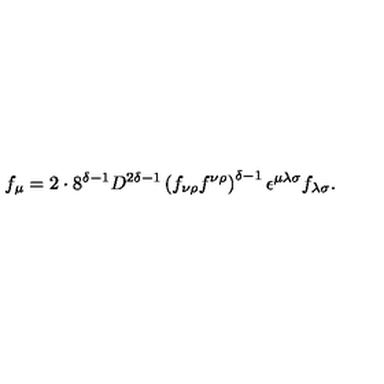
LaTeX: f _ { \mu } = 2 \cdot 8 ^ { \delta - 1 } D ^ { 2 \delta - 1 } \left( f _ { \nu \rho } f ^ { \nu \rho } \right) ^ { \delta - 1 } \epsilon ^ { \mu \lambda \sigma } f _ { \lambda \sigma } .